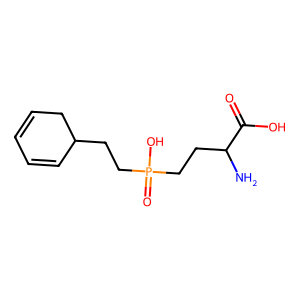
SMILES: NC(CCP(=O)(O)CCC1C=CC=CC1)C(=O)O
Inhibits HIV replication: No